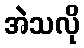
အဲသလို